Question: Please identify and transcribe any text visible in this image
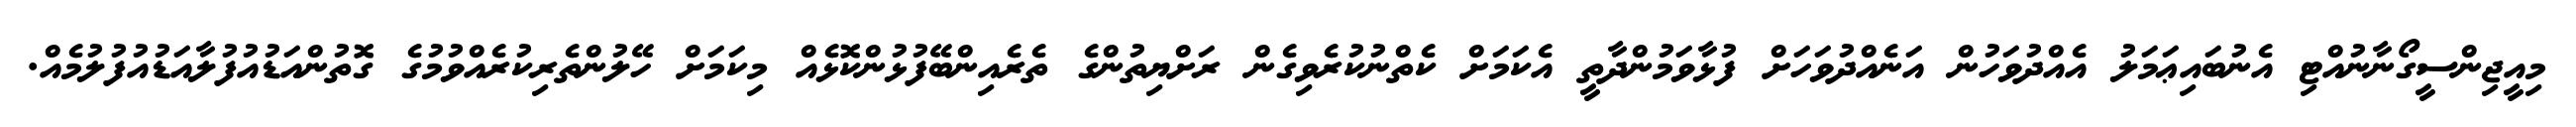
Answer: މިއީޖިންސީގޯނާނުއްޓި އެނުބައިޢަމަލު އެއްދުވަހުން އަނެއްދުވަހަށް ފުޅާވަމުންދާތީ އެކަމަށް ކެތްނުކުރެވިގެން ރަށްޔިތުންގެ ތެރެއިންބޭފުޅުންކޮޅެއް މިކަމަށް ހޭލުންތެރިކުރެއްވުމުގެ ގޮތުންއަޑުއުފުލާއަޑުއުފުލުމެއް.